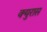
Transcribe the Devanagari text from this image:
क्युरास